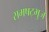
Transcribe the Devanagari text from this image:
समषट्भुज